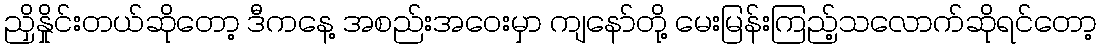
ညှိနှိုင်းတယ်ဆိုတော့ ဒီကနေ့ အစည်းအဝေးမှာ ကျနော်တို့ မေးမြန်းကြည့်သလောက်ဆိုရင်တော့